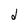
Character: d